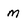
Character: m